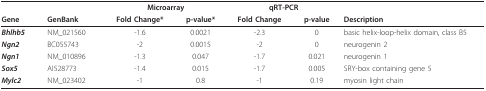
|  |  | <COLSPAN=2> Microarray | <COLSPAN=2> qRT-PCR |  |
 | Gene | GenBank | Fold Change* | p-value* | Fold Change | p-value | Description |
 | --- | --- | --- | --- | --- | --- | --- |
 | Bhlhb5 | NM_021560 | -1.6 | 0.0021 | -2.3 | 0 | basic helix-loop-helix domain, class B5 |
 | Ngn2 | BC055743 | -2 | 0.0015 | -2 | 0 | neurogenin 2 |
 | Ngn1 | NM_010896 | -1.3 | 0.047 | -1.7 | 0.021 | neurogenin 1 |
 | Sox5 | AI528773 | -1.4 | 0.015 | -1.7 | 0.005 | SRY-box containing gene 5 |
 | Mylc2 | NM_023402 | -1 | 0.8 | -1 | 0.19 | myosin light chain |